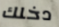
دخلك